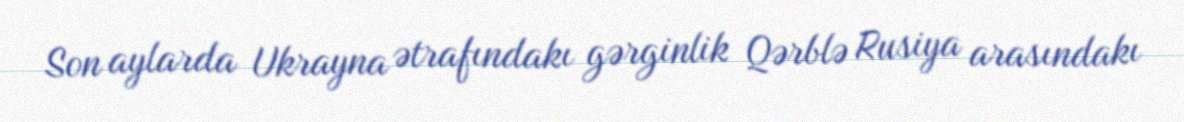
Son aylarda Ukrayna ətrafındakı gərginlik Qərblə Rusiya arasındakı